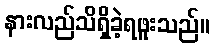
နားလည်သိရှိခဲ့ရဖူးသည်။